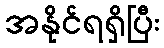
အနိုင်ရရှိပြီး